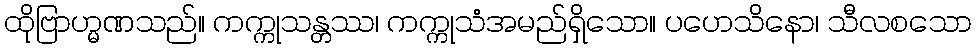
ထိုဗြာဟ္မဏသည်။ ကက္ကုသန္တဿ၊ ကက္ကုသံအမည်ရှိသော။ ပဟေသိနော၊ သီလစသော